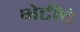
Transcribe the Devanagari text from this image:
भेटींचे